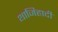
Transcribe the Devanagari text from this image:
थाजिहादी